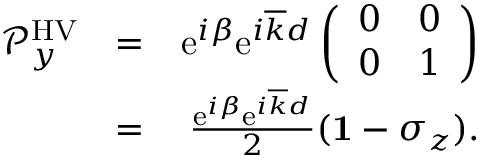
\begin{array} { r l r } { { \mathcal P } _ { y } ^ { \mathrm { H V } } } & { = } & { \mathrm { e } ^ { i \beta } \mathrm { e } ^ { i \overline { { k } } d } \left( \begin{array} { c c } { 0 } & { 0 } \\ { 0 } & { 1 } \end{array} \right) } \\ & { = } & { \frac { \mathrm { e } ^ { i \beta } \mathrm { e } ^ { i \overline { { k } } d } } { 2 } ( { \bf 1 } - \sigma _ { z } ) . } \end{array}